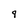
Character: 9